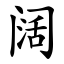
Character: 阔